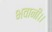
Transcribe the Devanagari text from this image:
भवानी।।